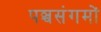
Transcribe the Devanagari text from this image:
पञ्चसंगमों